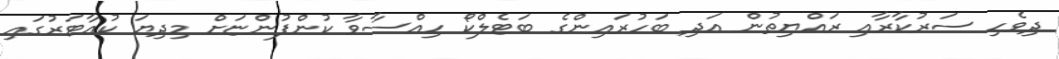
ދިވެހި ސަރުކާރާއި ރައްޔިތުން އަދި ބަހުރައިންގެ ބަޓެލްކޯ ހިއްސާވާ ކުންފުންޏަށް މިދިޔަ ކުއާޓަރުގައި